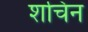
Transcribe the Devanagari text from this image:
शचिन